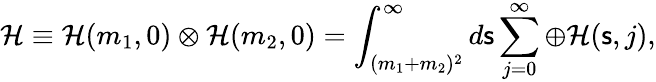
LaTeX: {\mathcal H}\equiv{\mathcal H}(m_{1},0)\otimes{\mathcal H}(m_{2},0)=\int_{(m_{1}+m_{2})^{2}}^{\infty}d{\mathsf{s}}\sum_{j=0}^{\infty}\oplus{\mathcal H}({\mathsf{s}},j),